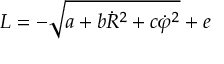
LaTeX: { \cal L } = - \sqrt { a + b \dot { R } ^ { 2 } + c \dot { \varphi } ^ { 2 } } + e